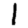
Digit: 1